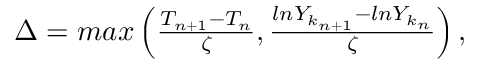
\begin{array} { r } { \Delta = m a x \left( \frac { T _ { n + 1 } - T _ { n } } { \zeta } , \frac { l n Y _ { k _ { n + 1 } } - l n Y _ { k _ { n } } } { \zeta } \right) , } \end{array}